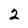
Character: 2